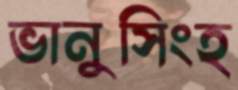
ভানুসিংহ